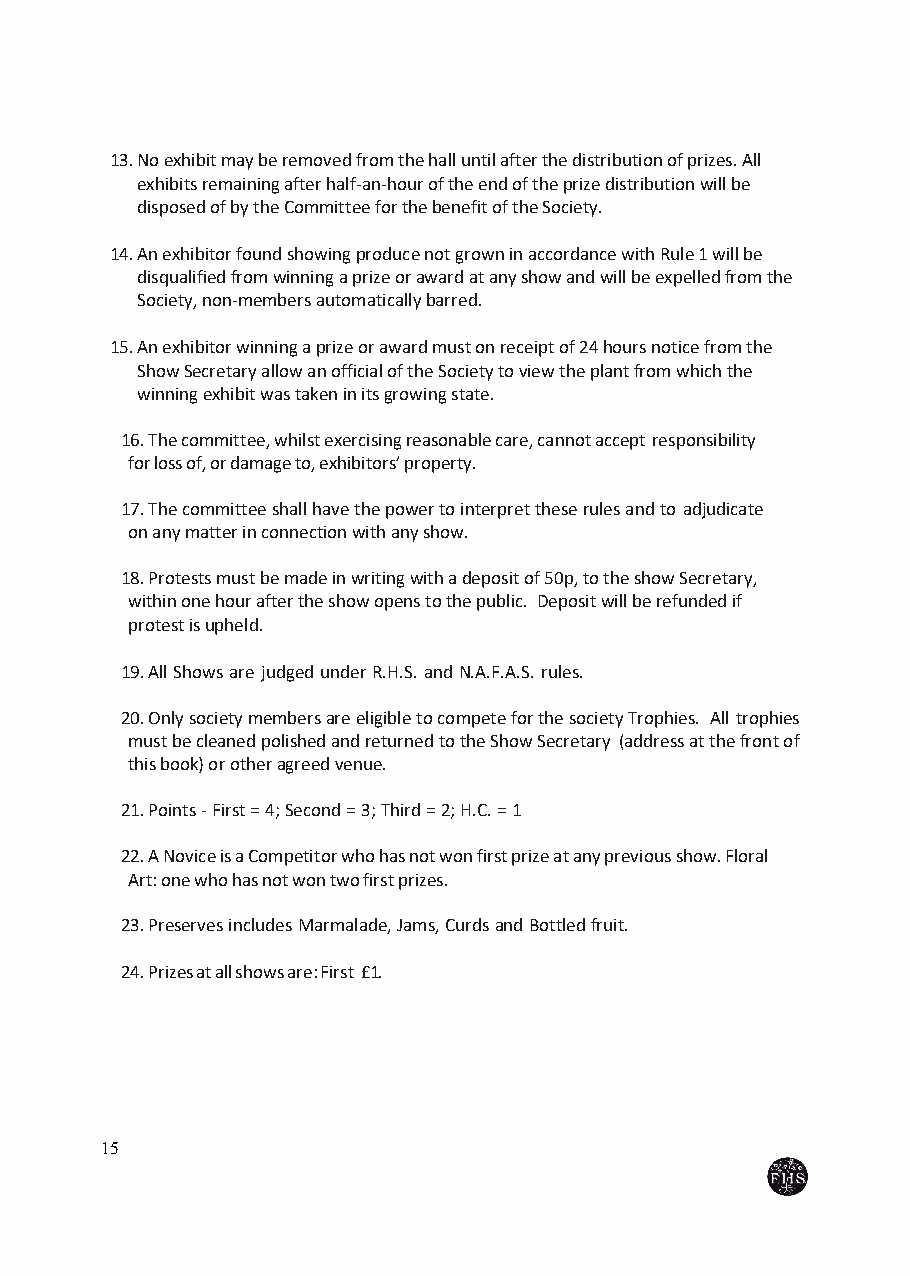
13. No exhibit may be removed from the hall until after the distribution of prizes. All
 exhibits remaining after half-an-hour of the end of the prize distribution will be
 disposed of by the Committee for the benefit of the Society.
 14. An exhibitor found showing produce not grown in accordance with Rule 1 will be
 disqualified from winning a prize or award at any show and will be expelled from the
 Society, non-members automatically barred.
 15. An exhibitor winning a prize or award must on receipt of 24 hours notice from the
 Show Secretary allow an official of the Society to view the plant from which the
 winning exhibit was taken in its growing state.
 16. The committee, whilst exercising reasonable care, cannot accept responsibility
 for loss of, or damage to, exhibitors’ property.
 17. The committee shall have the power to interpret these rules and to adjudicate
 on any matter in connection with any show.
 18. Protests must be made in writing with a deposit of 50p, to the show Secretary,
 within one hour after the show opens to the public. Deposit will be refunded if
 protest is upheld.
 19. All Shows are judged under R.H.S. and N.A.F.A.S. rules.
 20. Only society members are eligible to compete for the society Trophies. All trophies
 must be cleaned polished and returned to the Show Secretary (address at the front of
 this book) or other agreed venue.
 21. Points - First = 4; Second = 3; Third = 2; H.C. = 1
 22. A Novice is a Competitor who has not won first prize at any previous show. Floral
 Art: one who has not won two first prizes.
 23. Preserves includes Marmalade, Jams, Curds and Bottled fruit.
 24. Prizes at all shows are: First £1.
 15